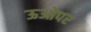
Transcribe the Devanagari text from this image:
ऊओपर